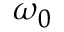
\omega _ { 0 }